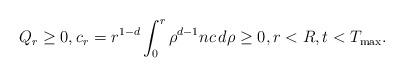
LaTeX: \begin{align*}Q_{r} \ge0, c_{r} =r^{1-d}\int_{0}^{r}\rho^{d-1}nc\,d\rho \ge0, r<R, t<T_{\rm max}.\end{align*}